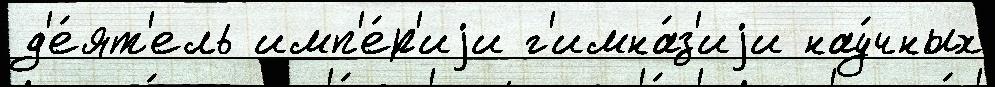
д'е́ят'ель имп'е́р'иjи г'имна́з'иjи нау́чных